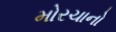
મોરચાનો